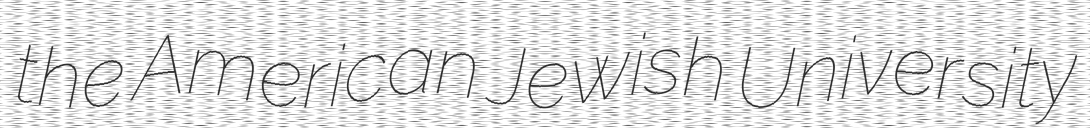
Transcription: the American Jewish University